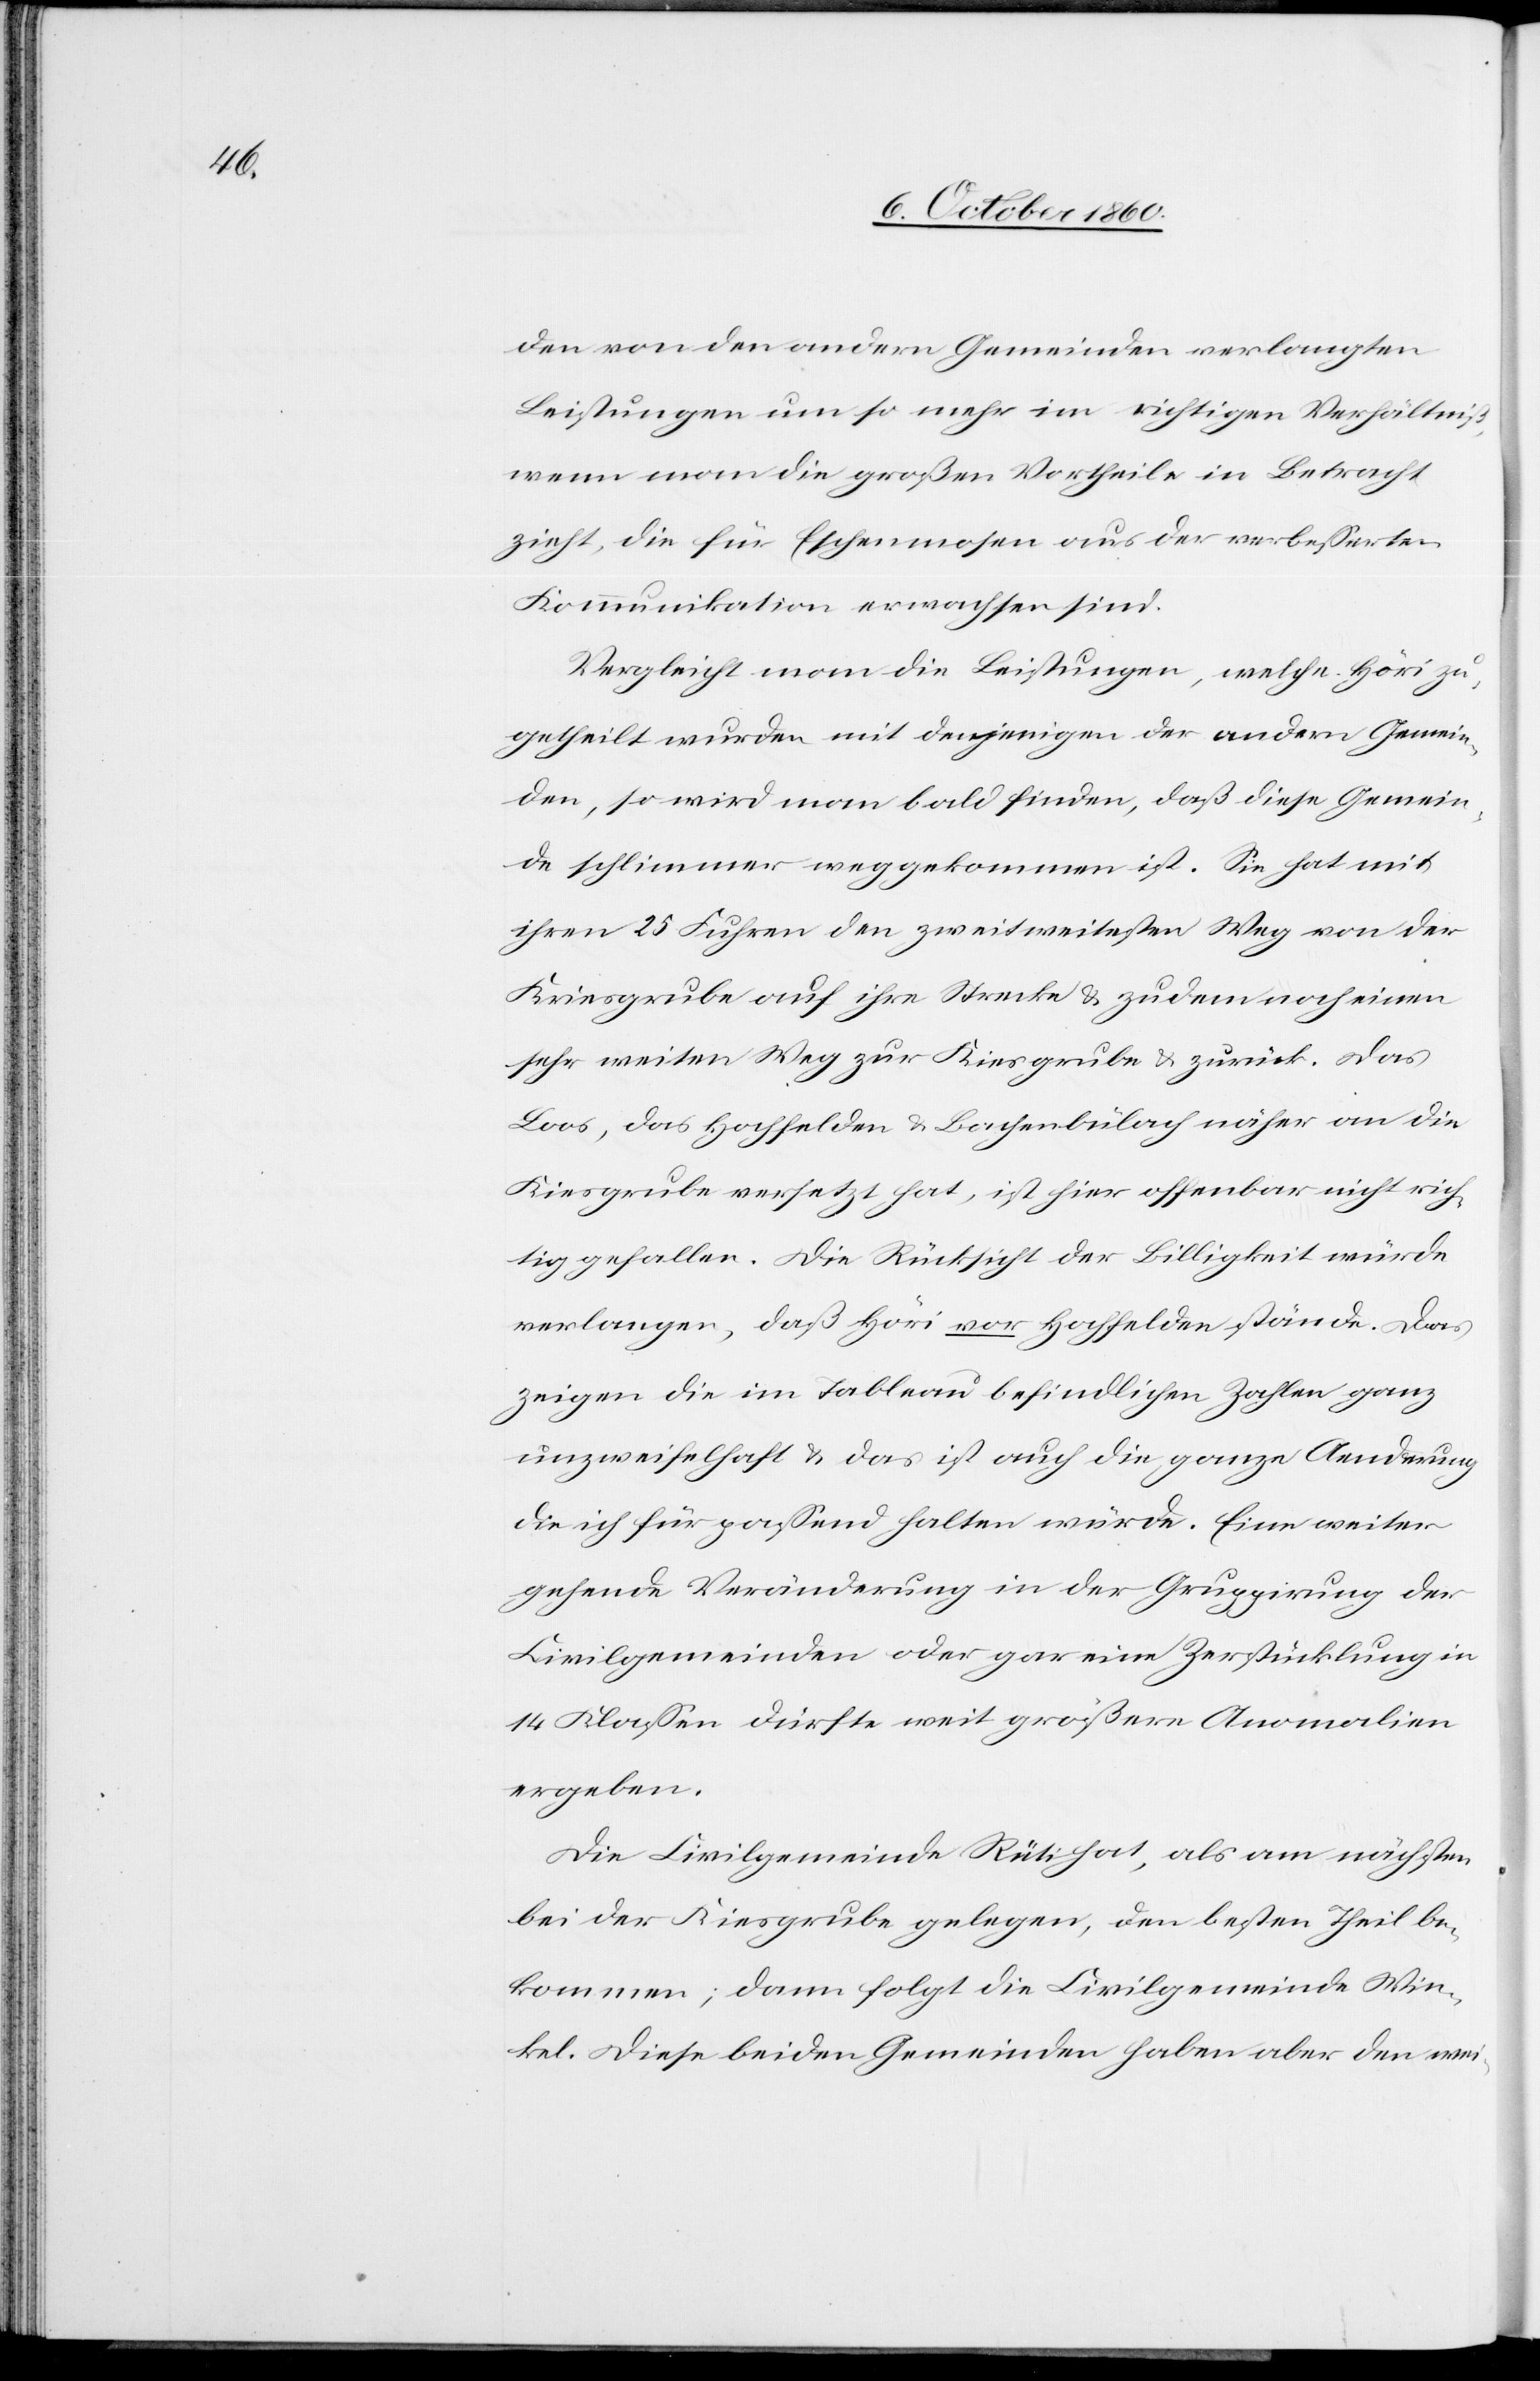
den von den andern Gemeinden verlangten
Leistungen um so mehr im richtigen Verhältniß,
wenn man die großen Vortheile in Betracht
zieht, die für Eschenmosen aus der verbesserten
Kommunikation erwachsen sind.
Vergleicht man die Leistungen, welche Höri zu¬
getheilt wurden mit denjenigen der andern Gemein¬
den, so wird man bald finden, daß diese Gemein¬
de schlimmer weggekommen ist. Sie hat mit
ihren 25 Fuhren den zweitweitesten Weg von der
Kiesgrube auf ihre Strecke u. zudem noch einen
sehr weiten Weg zur Kiesgrube u. zurück. Das
Loos, das Hochfelden u. Bachenbülach näher an die
Kiesgrube versetzt hat, ist hier offenbar nicht rich¬
tig gefallen. Die Rücksicht der Billigkeit würde
verlangen, daß Höri vor Hochfelden stände. Das
zeigen die im Tableau befindlichen Zahlen ganz
unzweifelhaft u. das ist auch die ganze Aenderung
die ich für passend halten würde. Eine weiter
gehende Veränderung in der Gruppirung der
Civilgemeinden oder gar eine Zerstücklung in
14 Klassen dürfte weit größere Anomalien
ergeben.
Die Civilgemeinde Rüti hat, als am nächsten
bei der Kiesgrube gelegen, den besten Theil be¬
kommen; dann folgt die Civilgemeinde Win¬
kel. Diese beiden Gemeinden haben aber den wei-